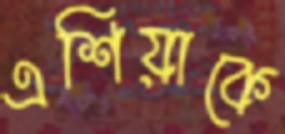
এশিয়াকে